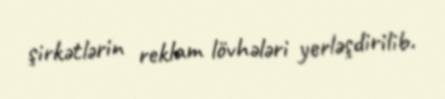
şirkətlərin reklam lövhələri yerləşdirilib.